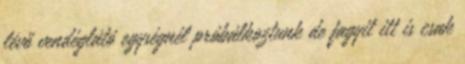
lévő vendéglátó egységnél próbálkoztunk de fagyit itt is csak